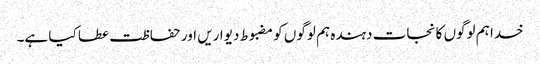
خدا ہم لوگوں کا نجات دہندہ ہم لوگوں کو مضبوط دیواریں اور حفاظت عطا کیا ہے۔